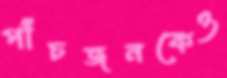
পাঁচজনকেও